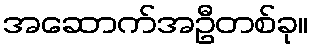
အဆောက်အဦတစ်ခု။